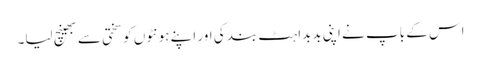
اس کے باپ نے اپنی بدبداہٹ بند کی اور اپنے ہونٹوں کو سختی سے بھینچ لیا۔